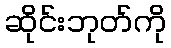
ဆိုင်းဘုတ်ကို